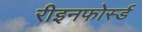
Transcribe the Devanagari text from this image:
रीइनफोर्स्ड